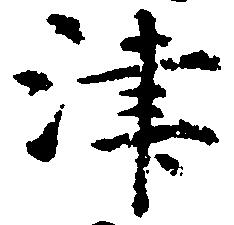
津